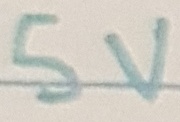
Text: 5V